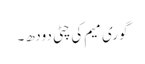
گوری میم کی چٹی دودھ ۔